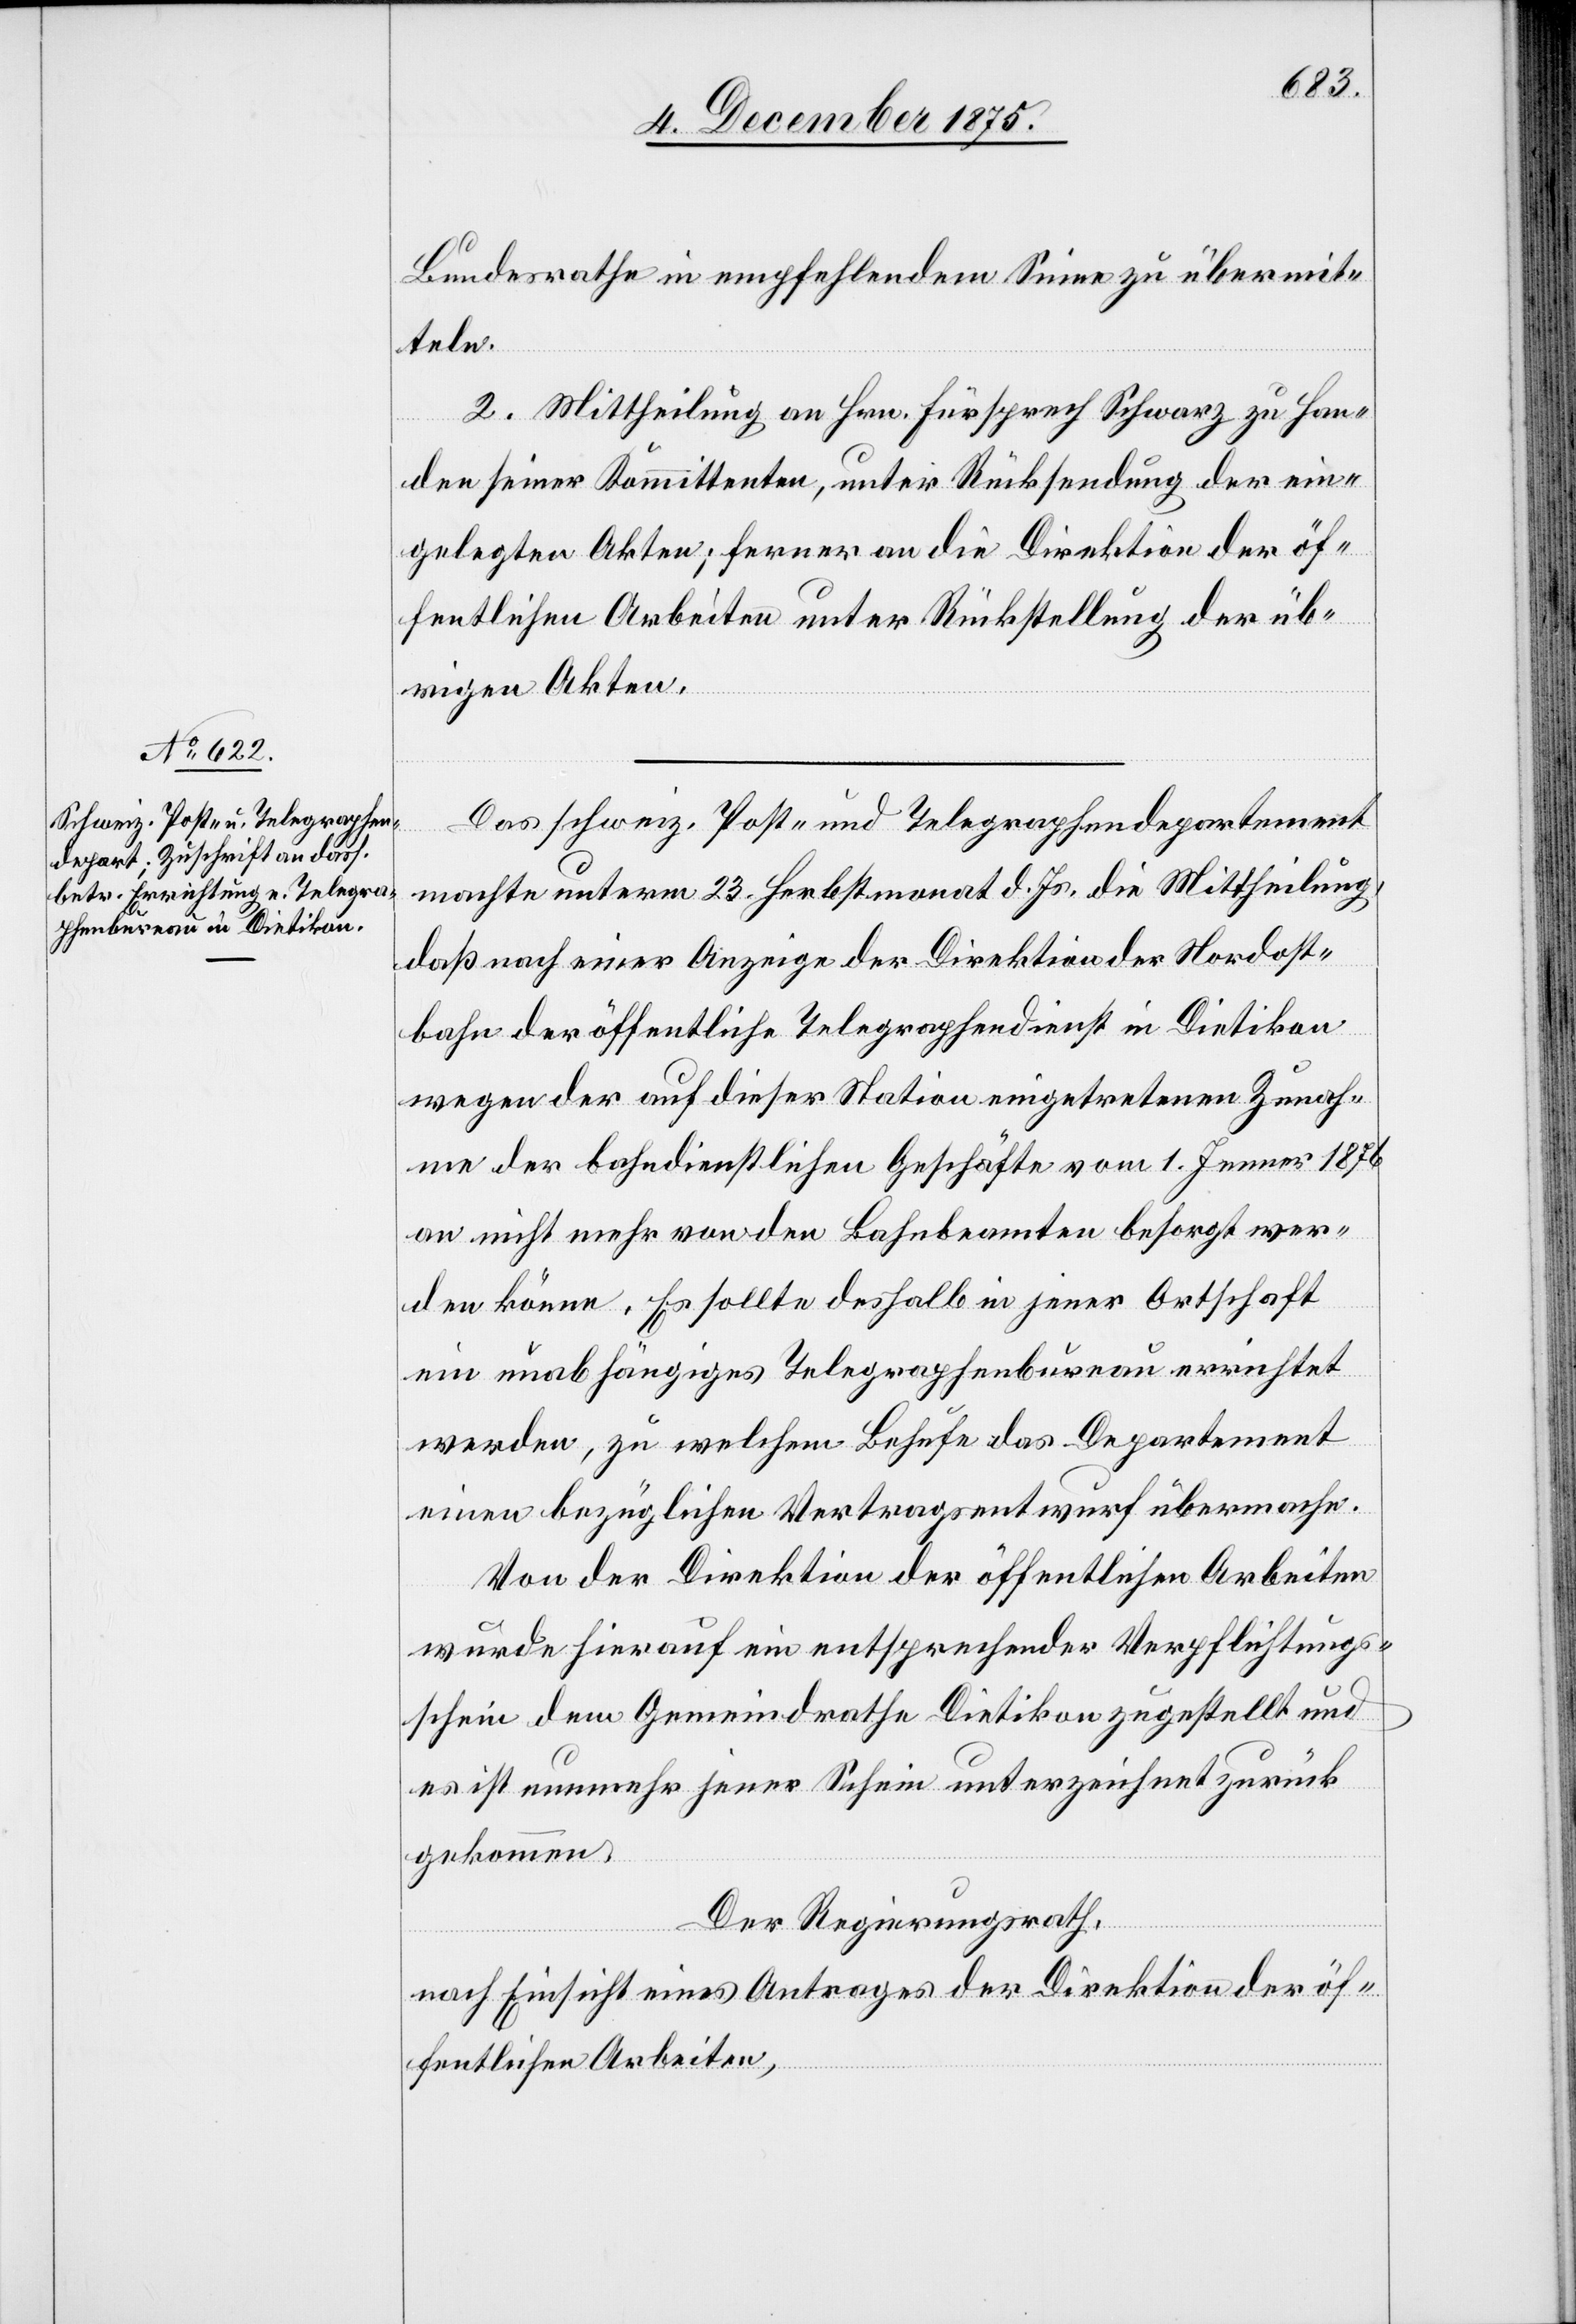
Bundesrathe in empfehlendem Sinne zu übermit¬
teln.
2. Mittheilung an Hrn. Fürsprech Schwarz zu Han¬
den seiner Kommittenten, unter Rücksendung der ein¬
gelegten Akten; ferner an die Direktion der öf¬
fentlichen Arbeiten unter Rückstellung der üb¬
rigen Akten.
Das schweiz. Post- und Telegraphendepartement
machte unterm 23. Herbstmonat d. Js. die Mittheilung,
daß nach einer Anzeige der Direktion der Nordost¬
bahn der öffentliche Telegraphendienst in Dietikon
wegen der auf dieser Station eingetretenen Zunah¬
me der bahndienstlichen Geschäfte vom 1. Jenner 1876
an nicht mehr von den Bahnbeamten besorgt wer¬
den könne. Es sollte deshalb in jener Ortschaft
ein unabhängiges Telegraphenbureau errichtet
werden, zu welchem Behufe das Departement
einen bezüglichen Vertragsentwurf übermache.
Von der Direktion der öffentlichen Arbeiten
wurde hierauf ein entsprechender Verpflichtungs¬
schein dem Gemeindrathe Dietikon zugestellt und
es ist nunmehr jener Schein unterzeichnet zurück
gekommen.
Der Regierungsrath,
nach Einsicht eines Antrages der Direktion der öf¬
fentlichen Arbeiten,